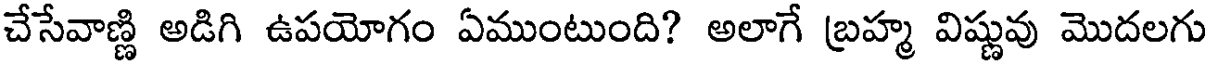
చేసేవాణ్ణి అడిగి ఉపయోగం ఏముంటుంది? అలాగే బ్రహ్మ విష్ణువు మొదలగు